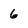
Character: 6